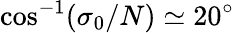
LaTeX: \cos^{-1}(\sigma_{0}/N)\simeq 20^{\circ}